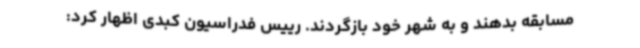
مسابقه بدهند و به شهر خود بازگردند. رییس فدراسیون کبدی اظهار کرد: